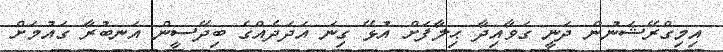
އިމިގްރޭޝަނުން ދަނީ ގަވާއިދާ ޙިލާފަށް އުޅޭ ގިނަ އަދަދެއްގެ ބިދޭސީން އަނބުރާ ގައުމަށް